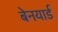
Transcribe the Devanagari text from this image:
बेनयार्ड